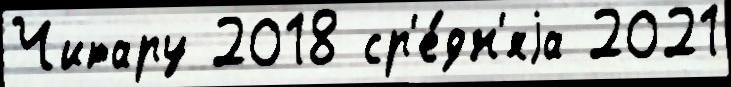
Читару 2018 ср'е́дн'яjа 2021